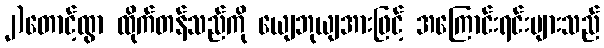
၂)တောင့်ထွာ ထိုက်တန်သည်ကို ယျေဘုယျအားဖြင့် အကြောင်းရင်းများသည်